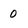
Character: 0